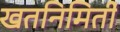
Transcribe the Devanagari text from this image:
खतनिमिर्ती